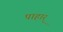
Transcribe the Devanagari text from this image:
पाहार्